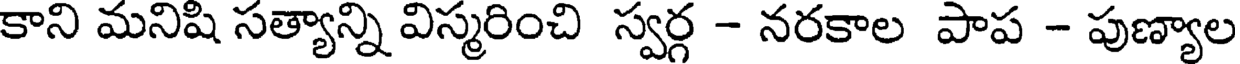
కాని మనిషి సత్యాన్ని విస్మరించి స్వర్గ - నరకాల పాప - పుణ్యాల